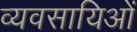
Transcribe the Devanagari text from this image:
व्यवसायिओं